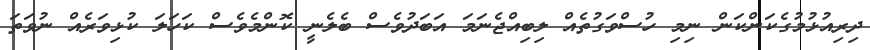
ދިރިއުޅުމުގެކަންކަން ނިމި ހުސްވަގުތެއް ލިބިއްޖެނަމަ އަބަދުވެސް ބެލެނީ ކޮންމެވެސް ކަހަލަ ކުޅިވަރެއް ނުވަތަ